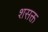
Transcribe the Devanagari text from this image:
शसक्त